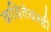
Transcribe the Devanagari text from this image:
कवितेवरही